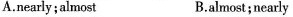
A.nearly;almost B.almost;nearly